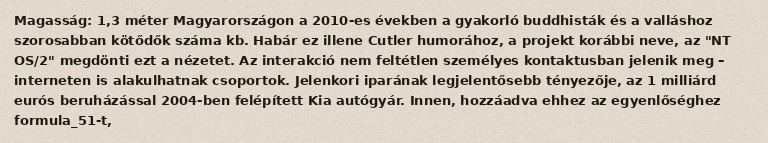
Magasság: 1,3 méter Magyarországon a 2010-es években a gyakorló buddhisták és a valláshoz szorosabban kötődők száma kb. Habár ez illene Cutler humorához, a projekt korábbi neve, az "NT OS/2" megdönti ezt a nézetet. Az interakció nem feltétlen személyes kontaktusban jelenik meg – interneten is alakulhatnak csoportok. Jelenkori iparának legjelentősebb tényezője, az 1 milliárd eurós beruházással 2004-ben felépített Kia autógyár. Innen, hozzáadva ehhez az egyenlőséghez formula_51-t,